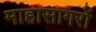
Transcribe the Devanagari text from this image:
माहासागरों